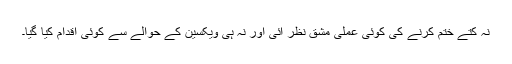
نہ کتے ختم کرنے کی کوئی عملی مشق نظر آئی اور نہ ہی ویکسین کے حوالے سے کوئی اقدام کیا گیا۔